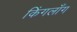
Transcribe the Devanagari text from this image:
किंगलाँग